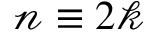
\mathscr { n } \equiv 2 \mathscr { k }